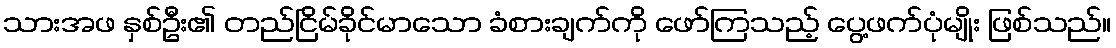
သားအဖ နှစ်ဦး၏ တည်ငြိမ်ခိုင်မာသော ခံစားချက်ကို ဖော်ကြသည့် ပွေ့ဖက်ပုံမျိုး ဖြစ်သည်။